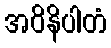
အဝိနိပါတံ